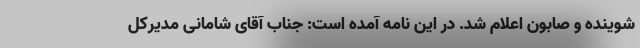
شوینده و صابون اعلام شد. در این نامه آمده است: جناب آقای شامانی مدیرکل